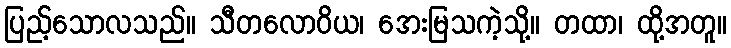
ပြည့်သောလသည်။ သီတလောဝိယ၊ အေးမြသကဲ့သို့။ တထာ၊ ထို့အတူ။